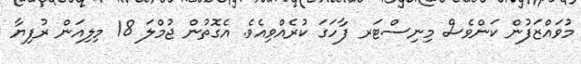
މުވައްޒަފުން ކަންވެސް މިނިސްޓަރ ފާހަގަ ކުރެއްވިއެވެ. އެގޮތުން ޖުމްލަ 18 މިލިއަން ރުފިޔާ